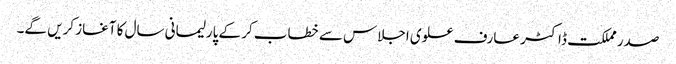
صدر مملکت ڈاکٹر عارف علوی اجلاس سے خطاب کر کے پارلیمانی سال کا آغاز کریں گے۔